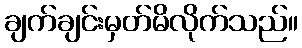
ချက်ချင်းမှတ်မိလိုက်သည်။